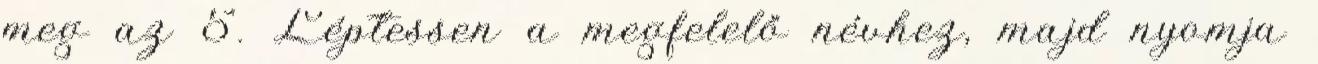
meg az 5. Léptessen a megfelelő névhez, majd nyomja